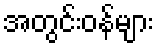
အတွင်းဝန်များ